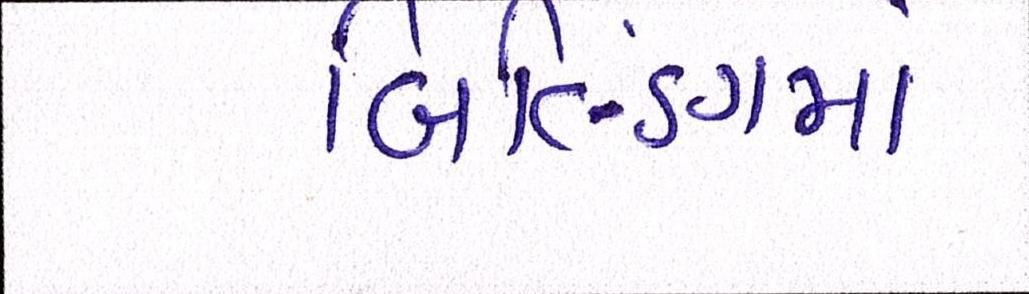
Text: બિલ્ડિંગમાં